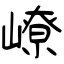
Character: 嶛